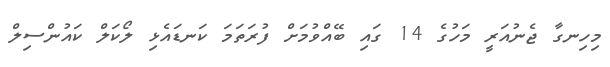
މިހިނގާ ޖެނުއަރީ މަހުގެ 14 ގައި ބޭއްވުމަށް ފުރަތަމަ ކަނޑައެޅި ލޯކަލް ކައުންސިލް